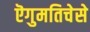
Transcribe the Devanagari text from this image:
ऎगुमतिचेसे